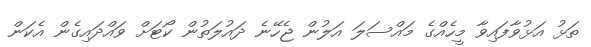
ތަޅު އަޅުވާފައިވާ މީހެއްގެ މައްސަލަ އަލުން ޖެހޭނެ ދައުލަތުން ކޯޓަށް ވައްދައިގެން އެކަން